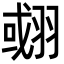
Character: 𦑍